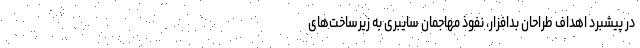
در پیشبرد اهداف طراحان بدافزار، نفوذ مهاجمان سایبری به زیرساخت‌های